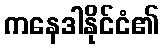
ကနေဒါနိုင်ငံ၏